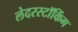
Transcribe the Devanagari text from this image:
लेदरस्टॉकिंग